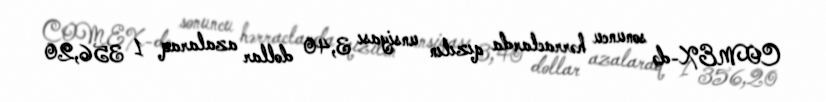
COMEX-də sonuncu hərraclarda qızılın unsiyası 3,40 dollar azalaraq 1 356,20